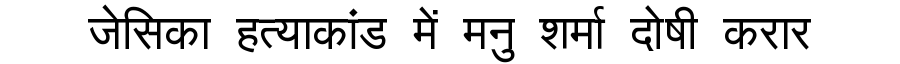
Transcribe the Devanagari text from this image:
जेसिका हत्याकांड में मनु शर्मा दोषी करार